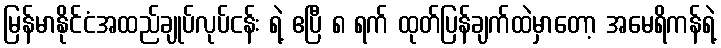
မြန်မာနိုင်ငံအထည်ချုပ်လုပ်ငန်း ရဲ့ ဧပြီ ၈ ရက် ထုတ်ပြန်ချက်ထဲမှာတော့ အမေရိကန်ရဲ့